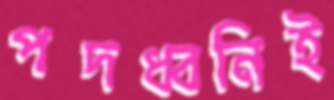
পদধ্বনিই